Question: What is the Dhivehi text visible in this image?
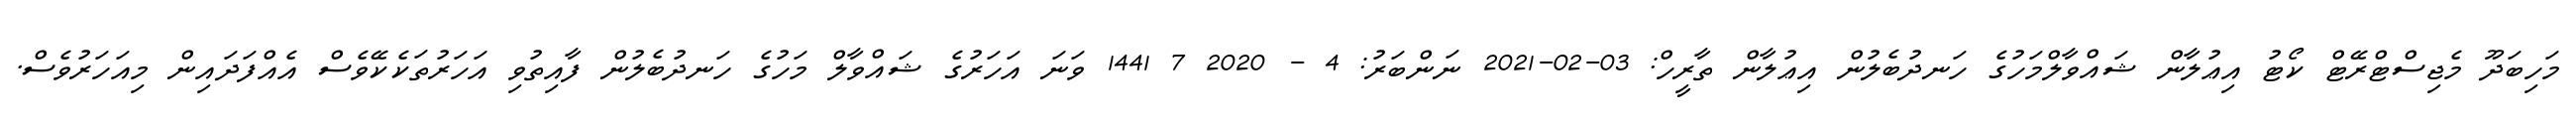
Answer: މަހިބަދޫ މެޖިސްޓްރޭޓް ކޯޓު އިޢުލާން ޝައްވާލްމަހުގެ ހަނދުބެލުން އިޢުލާން ތާރީހް: 03-02-2021 ނަންބަރު: 4 - 2020 7 1441 ވަނަ އަހަރުގެ ޝައްވާލް މަހުގެ ހަނދުބެލުން ފާއިތުވި އަހަރުތަކެކޭވެސް އެއްފަދައިން މިއަހަރުވެސް.